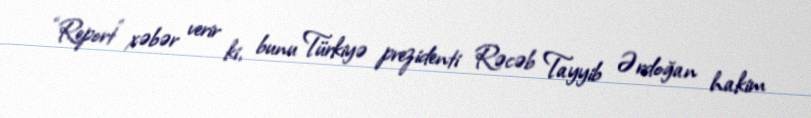
“Report” xəbər verir ki, bunu Türkiyə prezidenti Rəcəb Tayyib Ərdoğan hakim